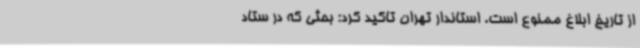
از تاریخ ابلاغ ممنوع است. استاندار تهران تاکید کرد: بحثی که در ستاد